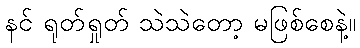
နင် ရုတ်ရှုတ် သဲသဲတော့ မဖြစ်စေနဲ့။